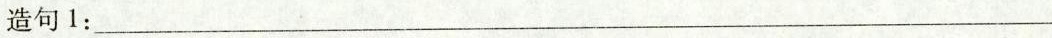
造句1：___